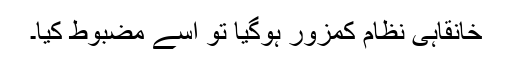
خانقاہی نظام کمزور ہوگیا تو اسے مضبوط کیا۔